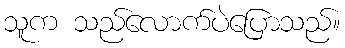
သူက သည်လောက်ပဲပြောသည်။